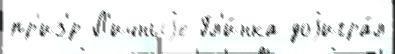
пр'из'́р Л'ичныjе Гл'и́нка доjигра́л